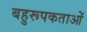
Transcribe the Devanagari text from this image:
बहुरूपकताओं